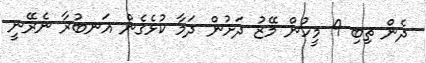
ދެން ތިބި 9 މީހުން މޭޒު ދަށުން ދަމާ ކުޅެގެން އަނބުރާ ނެރޭނީ